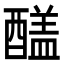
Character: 𨢸